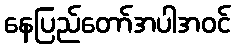
နေပြည်တော်အပါအဝင်